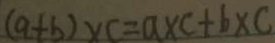
( a + b ) \times c = a \times c + b \times c